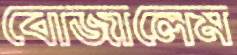
বোজালেম